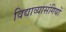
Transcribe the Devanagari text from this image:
विद्याव्यासंगियों